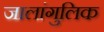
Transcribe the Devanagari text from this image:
जालांगुलिक